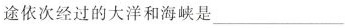
途依次经过的大洋和海峡是___